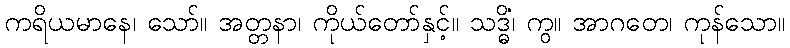
ကရိယမာနေ၊ သော်။ အတ္တနာ၊ ကိုယ်တော်နှင့်။ သဒ္ဓိံ၊ ကွ။ အာဂတေ၊ ကုန်သော။